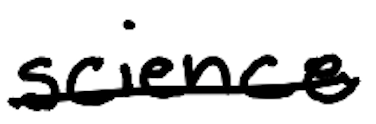
Text: science
Cross-out: mix
Writing tool: digital_black